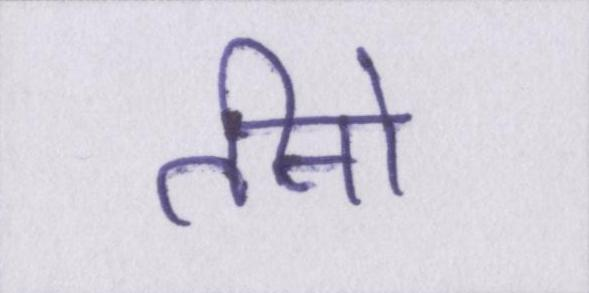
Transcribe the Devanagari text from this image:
तीनो